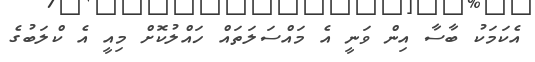
އެކަމަކު ބާސާ އިން ވަނީ އެ މައްސަަލަތައް ހައްލުކޮށް މިއީ އެ ކްލަބުގެ